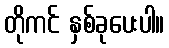
တိုကင် နှစ်ခုပေးပါ။